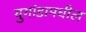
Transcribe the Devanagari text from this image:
युगांडामधील